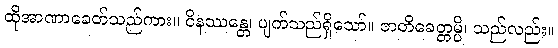
ထိုအာဏာခေတ်သည်ကား။ ဝိနဿန္တေ၊ ပျက်သည်ရှိသော်။ ဇာတိခေတ္တမ္ပိ၊ သည်လည်း။